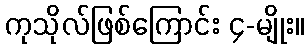
ကုသိုလ်ဖြစ်ကြောင်း ၄-မျိုး။